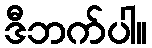
ဒီဘက်ပါ။